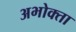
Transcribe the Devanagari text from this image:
अभोक्ता